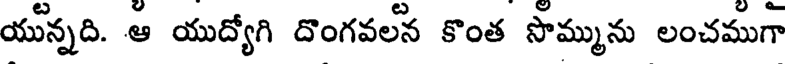
యున్నది. ఆ యుద్యోగి దొంగవలన కొంత సొమ్మును లంచముగా